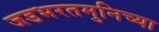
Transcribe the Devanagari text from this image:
जडभरतमुनिच्या